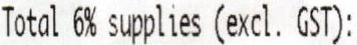
TOTAL 6% SUPPLIES (EXCL. GST):